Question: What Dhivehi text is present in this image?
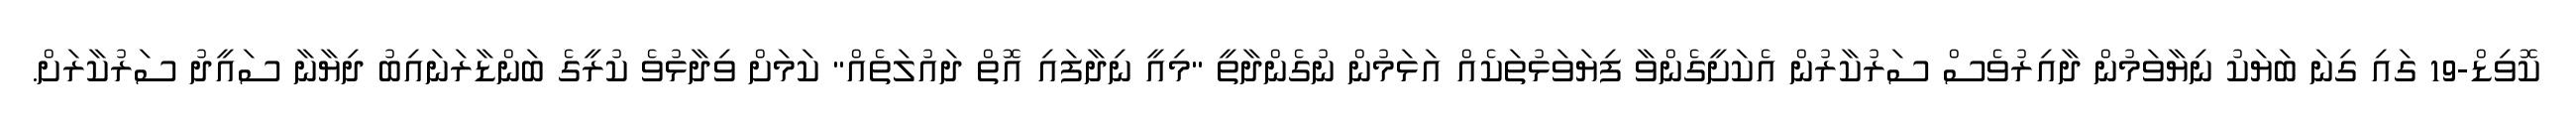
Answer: ކޮވިޑް-19 ގައި ގިނަ ބަޔަކު ނިޔާވަމުން ދާއިރުވެސް ސަރުކާރުން އެކަށީގެންވާ ފިޔަވަޅުތަކެއް އަޅަމުން ނުގެންދާތީ "މިއީ ނިދާފައި އޮތް ދައުލަތެއް" ކަމަށް ވިދާޅުވެ ކުރީގެ ބަންޑާރަނައިބު ދިޔާނާ ސައީދު ސަރުކާރަށް.